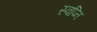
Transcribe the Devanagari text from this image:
स्वप्नि